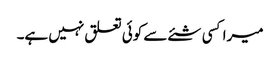
میرا کسی شئے سے کوئی تعلق نہیں ہے۔